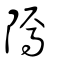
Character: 𨻳